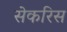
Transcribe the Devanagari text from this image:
सेकरिस